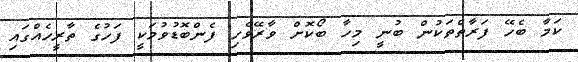
ކަމާ ބެހޭ ފަރާތްތަކުން ބުނީ މިހާ ބޯކޮށް ވާރޭވެހި ފެންބޮޑުވުމަކީ ފަހުގެ ތާރީހެއްގައި